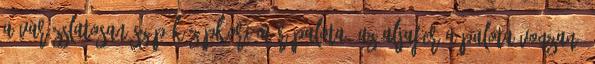
a varázslatosan szép középkori mór palota, az Aljafería-palota vonzaná